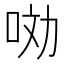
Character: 𱒣